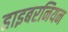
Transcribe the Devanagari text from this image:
हाइबरनियन